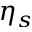
\eta _ { s }